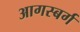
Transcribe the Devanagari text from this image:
आगस्बर्ग